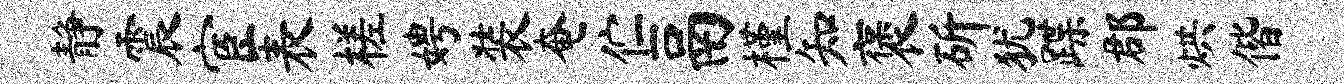
静震宦表槎娉装奄伫鬲槿知褒斫犹蹀郡烘偕